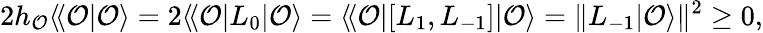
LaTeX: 2h_{\cal O}\langle\! \langle{\cal O}|{\cal O}\rangle=2\langle\! \langle{\cal O}|L_{0}|{\cal O}\rangle=\langle\! \langle{\cal O}|[L_{1},L_{-1}]|{\cal O}\rangle=\| L_{-1}|{\cal O}\rangle\| ^{2}\geq 0,